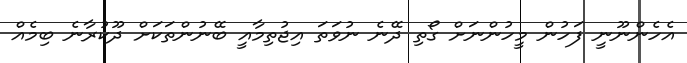
އެހެންނޫނީ ފަހުން މީހުންނަށް ގޯތި ދޭނެ ނުވަތަ އިޖުތިމާއީ ބޭނުންތަކަށް ދޫކުރާނެ ބިމެއް